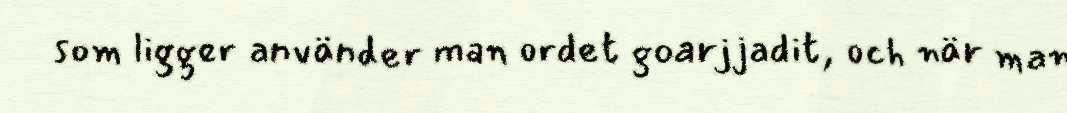
som ligger använder man ordet goarjjadit, och när man